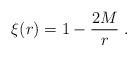
LaTeX: \begin{align*}\xi (r) = 1-\frac{2M}{r} \; .\end{align*}